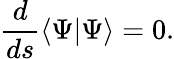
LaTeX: \frac{d}{ds}\langle\Psi|\Psi\rangle=0.